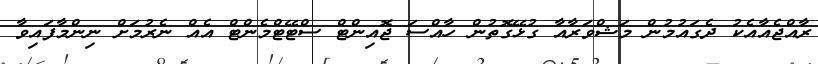
ރާއްޖެއާއެކު ދެގައުމުން މަޝްވަރާއާ ގުޅޭގޮތުން ހާއްސަ ޖޮއިންޓް ސްޓޭޓްމެންޓް އެއް ނެރުމަށް ނިންމާފައިވާ